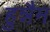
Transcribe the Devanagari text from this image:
हुन्नैम